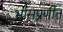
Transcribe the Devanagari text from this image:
भासप्रणीत